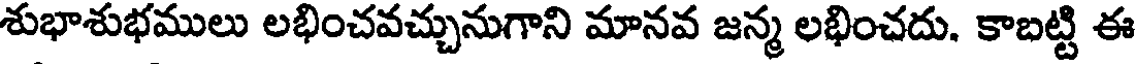
శుభాశుభములు లభించవచ్చునుగాని మానవ జన్మ లభించదు. కాబట్టి ఈ